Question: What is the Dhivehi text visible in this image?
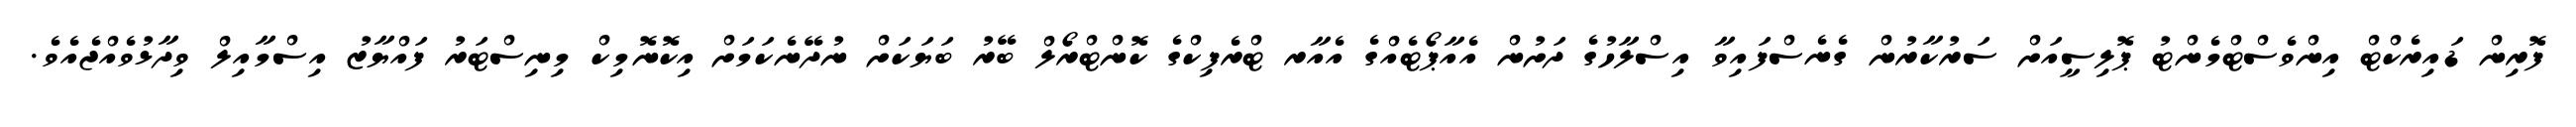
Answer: ފޮރިން ޑައިރެކްޓް އިންވެސްޓްމެންޓު ޕޮލިސީއަށް ސަރުކާރުން ގެނެސްފައިވާ އިސްލާހުގެ ދަށުން އެއާޕޯޓެއްގެ އެއާރ ޓްރެފިކްގެ ކޮންޓްރޯލް ބޭރު ބަޔަކަށް ނުދޭނެކަމަށް އިކޮނޮމިކް މިނިސްޓަރު ފައްޔާޒު އިސްމާއިލް ވިދާޅުވެއްޖެއެވެ.